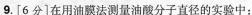
9「6分]在用油膜法测量油酸分子直径的实验中：